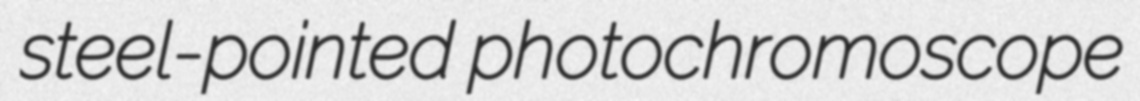
steel-pointed photochromoscope